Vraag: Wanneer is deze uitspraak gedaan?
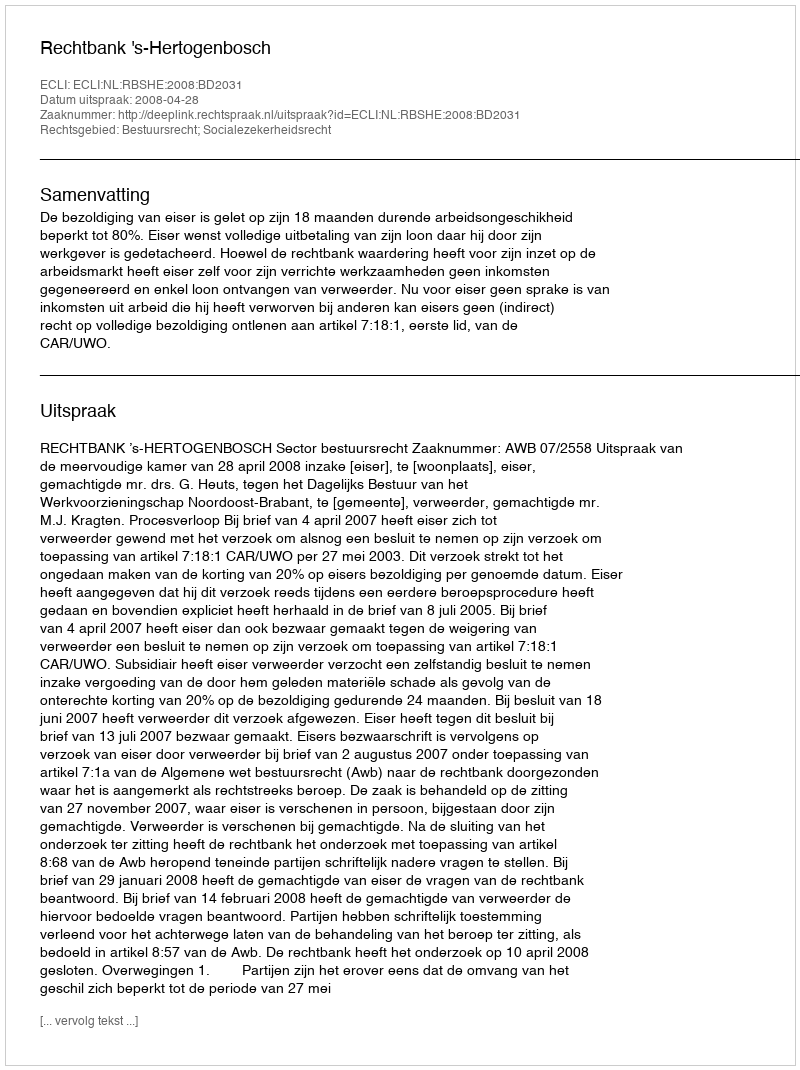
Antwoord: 2008-04-28